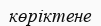
көріктене